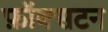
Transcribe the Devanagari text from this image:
फ़ॉक्सटन